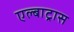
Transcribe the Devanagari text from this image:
एल्बाट्रास